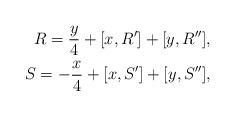
LaTeX: \begin{align*}R=\frac{y}{4}+[x,R']+[y,R''],\\S=-\frac{x}{4}+[x,S']+[y,S''],\end{align*}